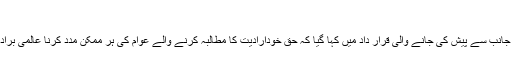
پاکستان کے
مستقل مندوب منیر اکرم کی جانب سے پیش کی جانے والی قرار داد میں کہا گیا کہ حق خودارادیت کا مطالبہ کرنے والے عوام کی ہر ممکن مدد کرنا عالمی برادری کی اولین ذمہ داری ہے۔